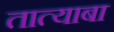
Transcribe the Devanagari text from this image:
तात्याबा